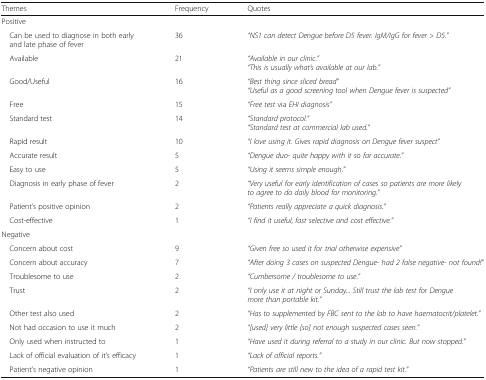
<table><thead><tr><td><b>Themes</b></td><td><b>Frequency</b></td><td><b>Quotes</b></td></tr></thead><tbody><tr><td colspan="3">Positive</td></tr><tr><td> Can be used to diagnose in both early and late phase of fever</td><td>36</td><td><i>“NS1 can detect Dengue before D5 fever. IgM/IgG for fever &gt; D5.”</i></td></tr><tr><td> Available</td><td>21</td><td><i>“Available in our clinic.”</i><i>“This is usually what’s available at our lab.”</i></td></tr><tr><td> Good/Useful</td><td>16</td><td><i>“Best thing since sliced bread”</i><i>“Useful as a good screening tool when Dengue fever is suspected”</i></td></tr><tr><td> Free</td><td>15</td><td><i>“Free test</i> via <i>EHI diagnosis”</i></td></tr><tr><td> Standard test</td><td>14</td><td><i>“Standard protocol.”</i><i>“Standard test at commercial lab used.”</i></td></tr><tr><td> Rapid result</td><td>10</td><td><i>“I love using it. Gives rapid diagnosis on Dengue fever suspect”</i></td></tr><tr><td> Accurate result</td><td>5</td><td><i>“Dengue duo- quite happy with it so far accurate.”</i></td></tr><tr><td> Easy to use</td><td>5</td><td><i>“Using it seems simple enough.”</i></td></tr><tr><td> Diagnosis in early phase of fever</td><td>2</td><td><i>“Very useful for early identification of cases so patients are more likely to agree to do daily blood for monitoring.”</i></td></tr><tr><td> Patient’s positive opinion</td><td>2</td><td><i>“Patients really appreciate a quick diagnosis.”</i></td></tr><tr><td> Cost-effective</td><td>1</td><td><i>“I find it useful, fast selective and cost effective.”</i></td></tr><tr><td colspan="3">Negative</td></tr><tr><td> Concern about cost</td><td>9</td><td><i>“Given free so used it for trial otherwise expensive”</i></td></tr><tr><td> Concern about accuracy</td><td>7</td><td><i>“After doing 3 cases on suspected Dengue- had 2 false negative- not found!”</i></td></tr><tr><td> Troublesome to use</td><td>2</td><td><i>“Cumbersome / troublesome to use.”</i></td></tr><tr><td> Trust</td><td>2</td><td><i>“I only use it at night or Sunday... Still trust the lab test for Dengue more than portable kit.”</i></td></tr><tr><td> Other test also used</td><td>2</td><td><i>“Has to supplemented by FBC sent to the lab to have haematocrit/platelet.”</i></td></tr><tr><td> Not had occasion to use it much</td><td>2</td><td><i>“[used] very little [so] not enough suspected cases seen.”</i></td></tr><tr><td> Only used when instructed to</td><td>1</td><td><i>“Have used it during referral to a study in our clinic. But now stopped.”</i></td></tr><tr><td> Lack of official evaluation of it’s efficacy</td><td>1</td><td><i>“Lack of official reports.”</i></td></tr><tr><td> Patient’s negative opinion</td><td>1</td><td><i>“Patients are still new to the idea of a rapid test kit.”</i></td></tr></tbody></table>